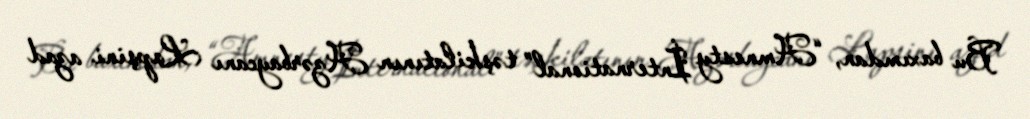
Bu baxımdan, “Amnesty İnternational” təşkilatının Azərbaycanı Lapşini azad